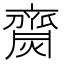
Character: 齌